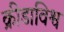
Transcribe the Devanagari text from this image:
क्रीडाविश्व